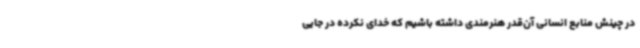
در چینش منابع انسانی آن‌قدر هنرمندی داشته باشیم که خدای نکرده در جایی